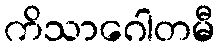
ကိသာဂေါတမီ